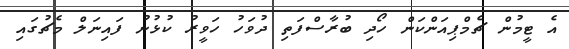
އެ ޓީމުން ޗެމްޕިއަންކަން ހޯދި ބުރާސްފަތި ދުވަހު ހަވީރު ކުޅުނު ފައިނަލް މެޗުގައި